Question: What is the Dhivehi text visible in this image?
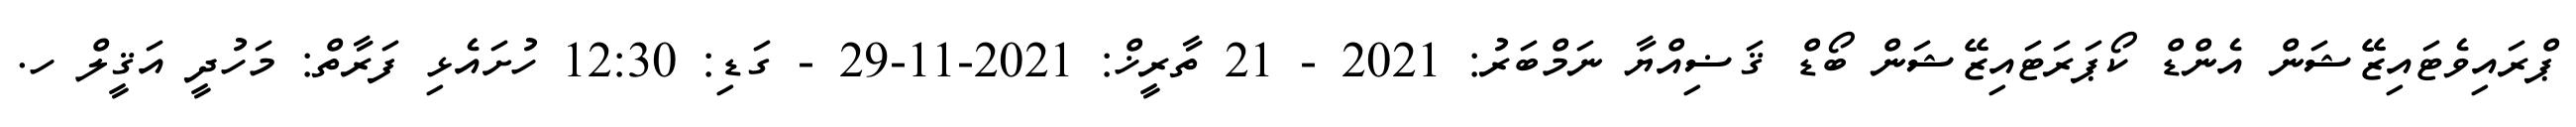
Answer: ޕްރައިވެޓައިޒޭޝަން އެންޑް ކޯޕަރަޓައިޒޭޝަން ބޯޑް ޤަޟިއްޔާ ނަމްބަރު: 2021 - 21 ތާރީޚް: 2021-11-29 - ގަޑި: 12:30 ހުށައެޅި ފަރާތް: މަހުދީ އަޤީލް ހ.